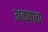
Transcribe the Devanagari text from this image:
अक्षाचा